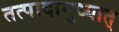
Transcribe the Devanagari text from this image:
तत्पादानुध्यात्